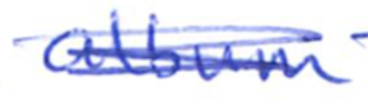
Text: album
Cross-out: mix
Writing tool: ballpoint